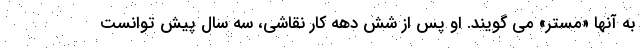
به آنها «مستر» می گویند. او پس از شش دهه کار نقاشی، سه سال پیش توانست